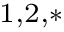
^ { 1 , 2 , * }